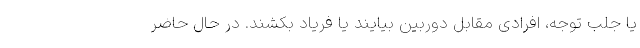
یا جلب توجه، افرادی مقابل دوربین بیایند یا فریاد بکشند. در حال حاضر